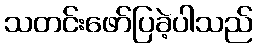
သတင်းဖော်ပြခဲ့ပါသည်